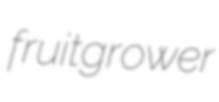
fruitgrower